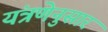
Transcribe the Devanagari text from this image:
यंत्रणेनुसार